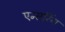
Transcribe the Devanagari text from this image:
एन्सरिंग